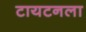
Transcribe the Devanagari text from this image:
टायटनला